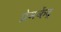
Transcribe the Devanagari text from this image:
प्रेमकेंद्र